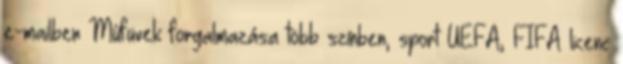
e-mailben Műfüvek forgalmazása több színben, sport UEFA, FIFA licenc